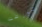
تورطت